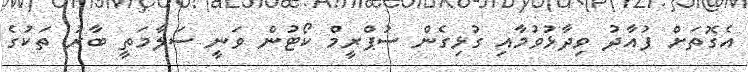
އެގޮތަށް ފުއާދު ވިދާޅުވުމާއި ގުޅިގެން ސުޕްރީމް ކޯޓުން ވަނީ ސަލާމަތީ ބާރު ތަކުގެ